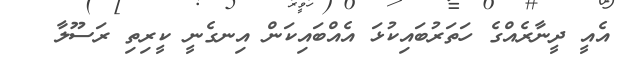
އެއީ ދީނާރެއްގެ ހަތަރުބައިކުޅަ އެއްބައިކަން އިނގެނީ ކީރިތި ރަސޫލާ